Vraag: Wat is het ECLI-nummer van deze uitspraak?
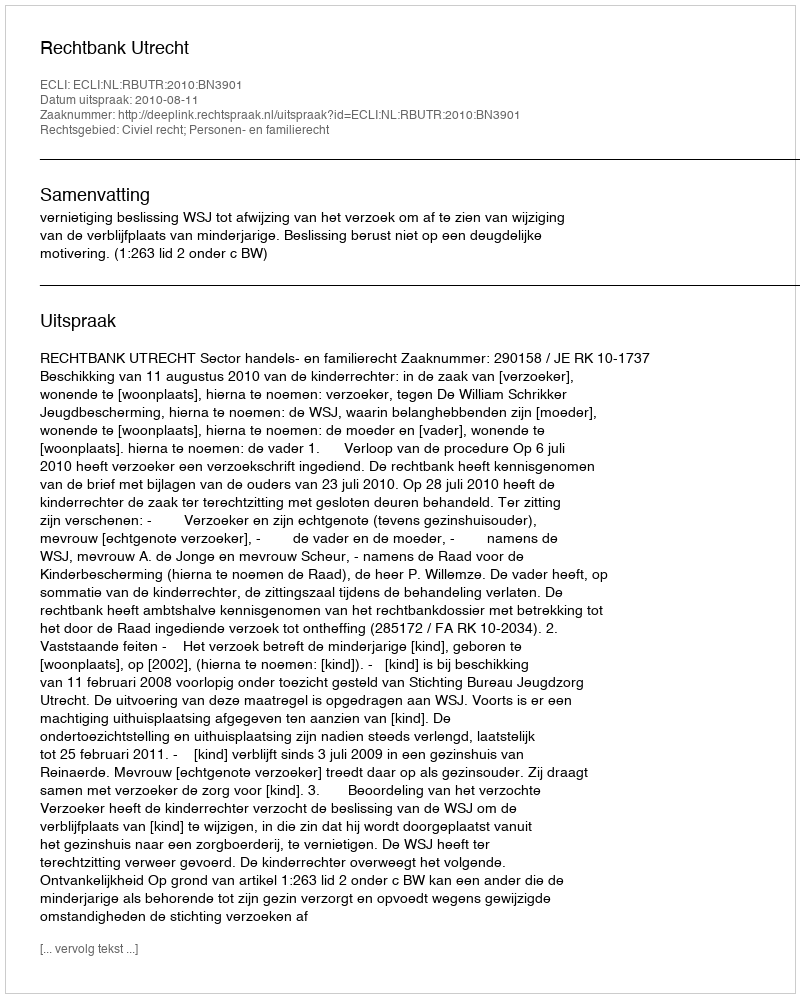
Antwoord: ECLI:NL:RBUTR:2010:BN3901